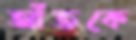
আঁতকে